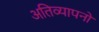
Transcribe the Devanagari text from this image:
अतिव्यापनों